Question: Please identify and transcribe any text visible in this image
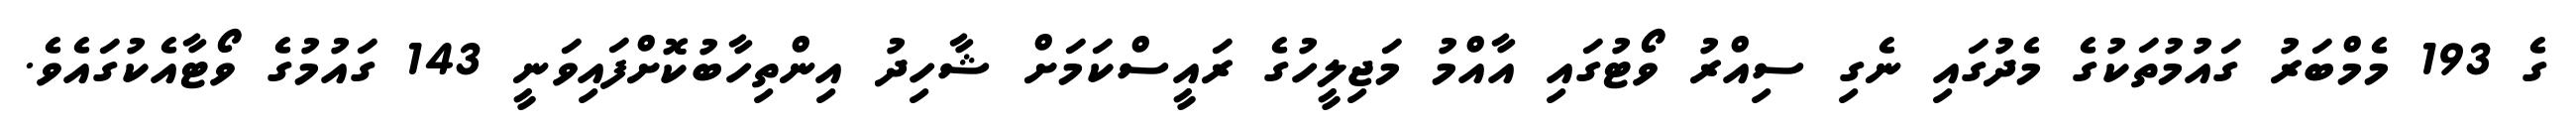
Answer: ގެ 193 މެމްބަރު ގައުމުތަކުގެ މެދުގައި ނެގި ސިއްރު ވޯޓުގައި އާއްމު މަޖިލީހުގެ ރައީސްކަމަށް ޝާހިދު އިންތިހާބުކޮށްފައިވަނީ 143 ގައުމުގެ ވޯޓާއެކުގައެވެ.